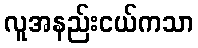
လူအနည်းငယ်ကသာ